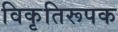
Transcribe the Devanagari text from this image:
विकृतिरूपक